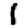
Digit: 1